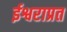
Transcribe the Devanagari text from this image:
ईश्वराप्रत